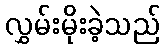
လွှမ်းမိုးခဲ့သည်